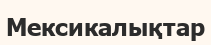
Мексикалықтар